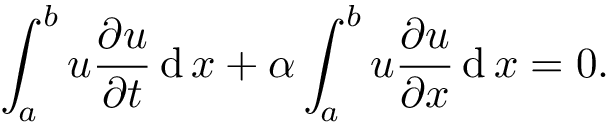
\int _ { a } ^ { b } u { \frac { \partial u } { \partial t } } \operatorname { d } x + \alpha \int _ { a } ^ { b } u { \frac { \partial u } { \partial x } } \operatorname { d } x = 0 .